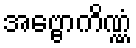
အဗ္ဗောကိဏ္ဏံ